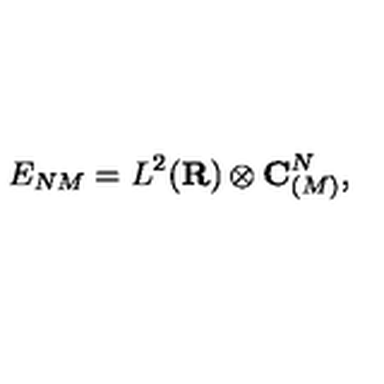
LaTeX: E _ { N M } = L ^ { 2 } ( { \bf R } ) \otimes { \bf C } _ { ( M ) } ^ { N } ,